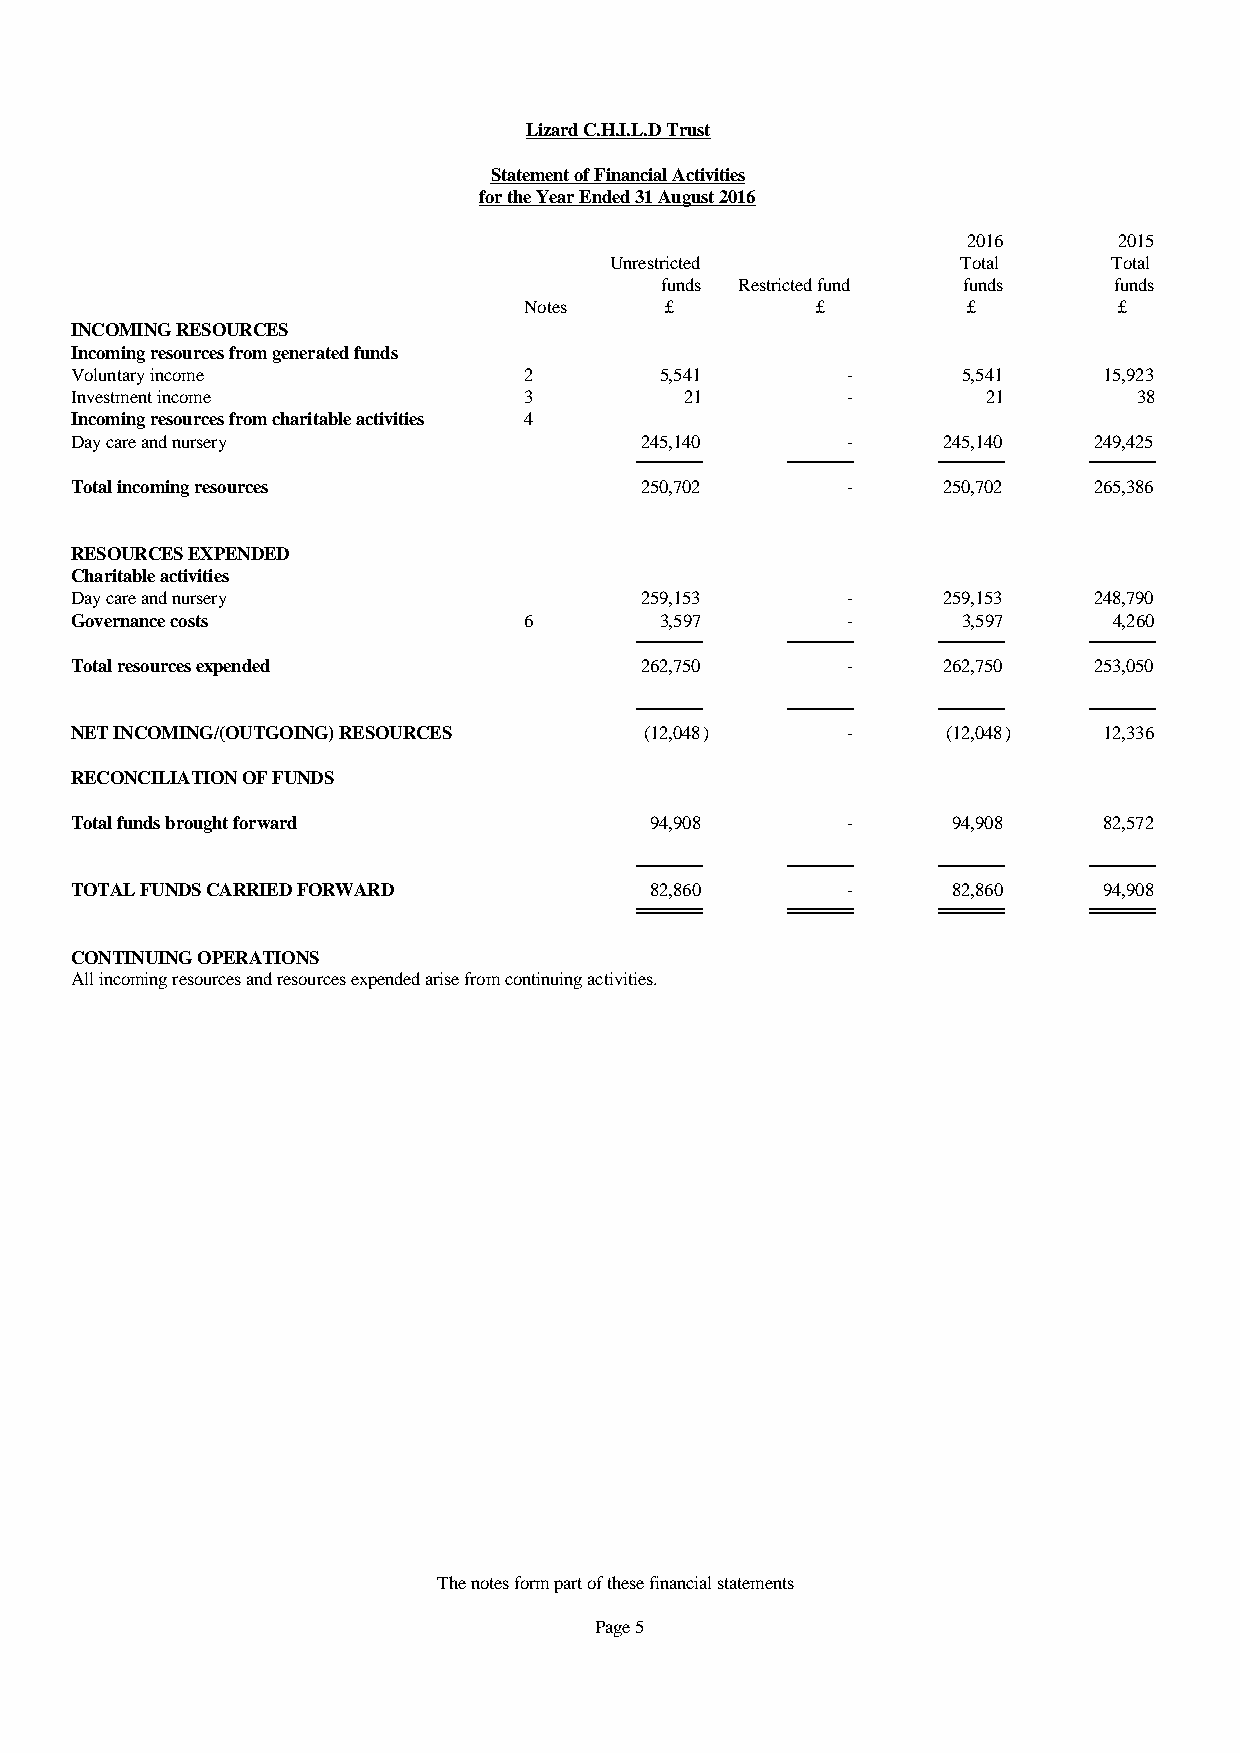
Lizard C.H.I.L.D Trust
 Statement of Financial Activities
 for the Year Ended 31 August 2016
 2016      2015
 Unrestricted            Total     Total
 funds Restricted fund funds   funds
 Notes    £         £         £         £
 INCOMING RESOURCES
 Incoming resources from generated funds
 Voluntary income              2        5,541       -       5,541    15,923
 Investment income             3         21         -        21        38
 Incoming resources from charitable activities 4
 Day care and nursery                 245,140       -     245,140   249,425
 Total incoming resources             250,702       -     250,702   265,386
 RESOURCES EXPENDED
 Charitable activities
 Day care and nursery                 259,153       -     259,153   248,790
 Governance costs              6        3,597       -       3,597     4,260
 Total resources expended             262,750       -     262,750   253,050
 NET INCOMING/(OUTGOING) RESOURCES     (12,048)     -      (12,048)  12,336
 RECONCILIATION OF FUNDS
 Total funds brought forward           94,908       -      94,908    82,572
 TOTAL FUNDS CARRIED FORWARD           82,860       -      82,860    94,908
 CONTINUING OPERATIONS
 All incoming resources and resources expended arise from continuing activities.
 The notes form part of these financial statements
 Page 5